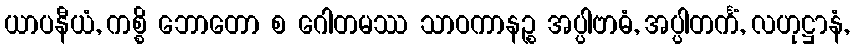
ယာပနီယံ, ကစ္စိ ဘောတော စ ဂေါတမဿ သာဝကာနဉ္စ အပ္ပါဗာဓံ, အပ္ပါတင်္ကံ, လဟုဋ္ဌာနံ,